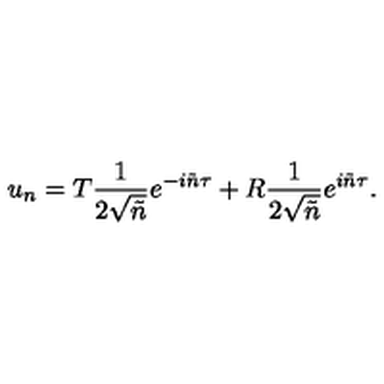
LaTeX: u _ { n } = T \frac { 1 } { 2 \sqrt { \tilde { n } } } e ^ { - i \tilde { n } \tau } + R \frac { 1 } { 2 \sqrt { \tilde { n } } } e ^ { i \tilde { n } \tau } .